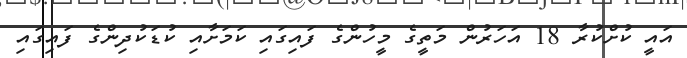
އައީ ކުށްކުރާ 18 އަހަރުން މަތީގެ މީހުންގެ ފައިގައި ކަމަށާއި ކުޑަކުދިންގެ ފައިގައި